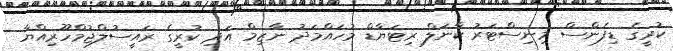
ކުރީގެ ޑިފެންސް މިނިސްޓަރު ކާނަލް ރިޓަޔާޑް މުހައްމަދު ނާޒިމް އަދި ކުރީގެ ރައީސުލްޖުމްހޫރިއްޔާ